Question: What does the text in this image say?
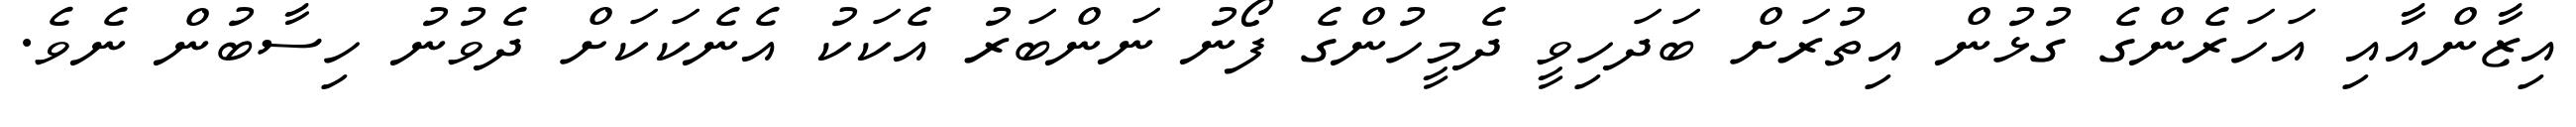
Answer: އިޒާންއާއި އަހަރެންގެ ގުޅުން އިތުރަށް ބަދަހިވީ ދެމީހުންގެ ފޯނު ނަންބަރު އެކަކު އެނެކަކަށް ދެވުނު ހިސާބުން ނެވެ.